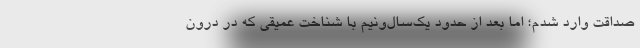
صداقت وارد شدم؛ اما بعد از حدود یک‌سال‌ونیم با شناخت عمیقی که در درون